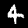
Digit: 4